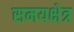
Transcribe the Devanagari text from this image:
समयक्षेत्र